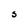
Character: S